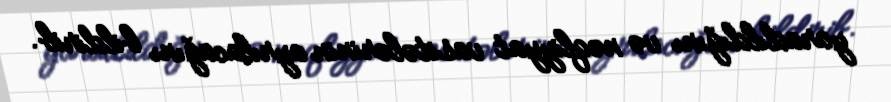
yaradıldığını və nəqliyyat vasitələrinin ayrılacağını bildirib.